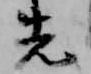
先